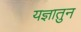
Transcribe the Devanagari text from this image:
यज्ञातुन